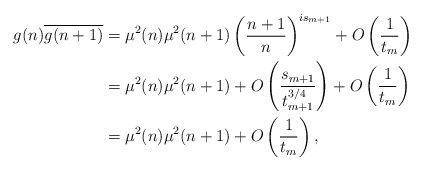
\begin{align*} g(n) \overline{g(n+1)} &= \mu^2(n) \mu^2(n+1) \left( \frac{n+1}{n} \right)^{i s_{m+1}} + O\left( \frac{1}{t_m} \right) \\&= \mu^2(n) \mu^2(n+1) + O\left( \frac{s_{m+1}}{t_{m+1}^{3/4}} \right) + O\left( \frac{1}{t_m} \right) \\&= \mu^2(n) \mu^2(n+1) + O\left( \frac{1}{t_m} \right),\end{align*}